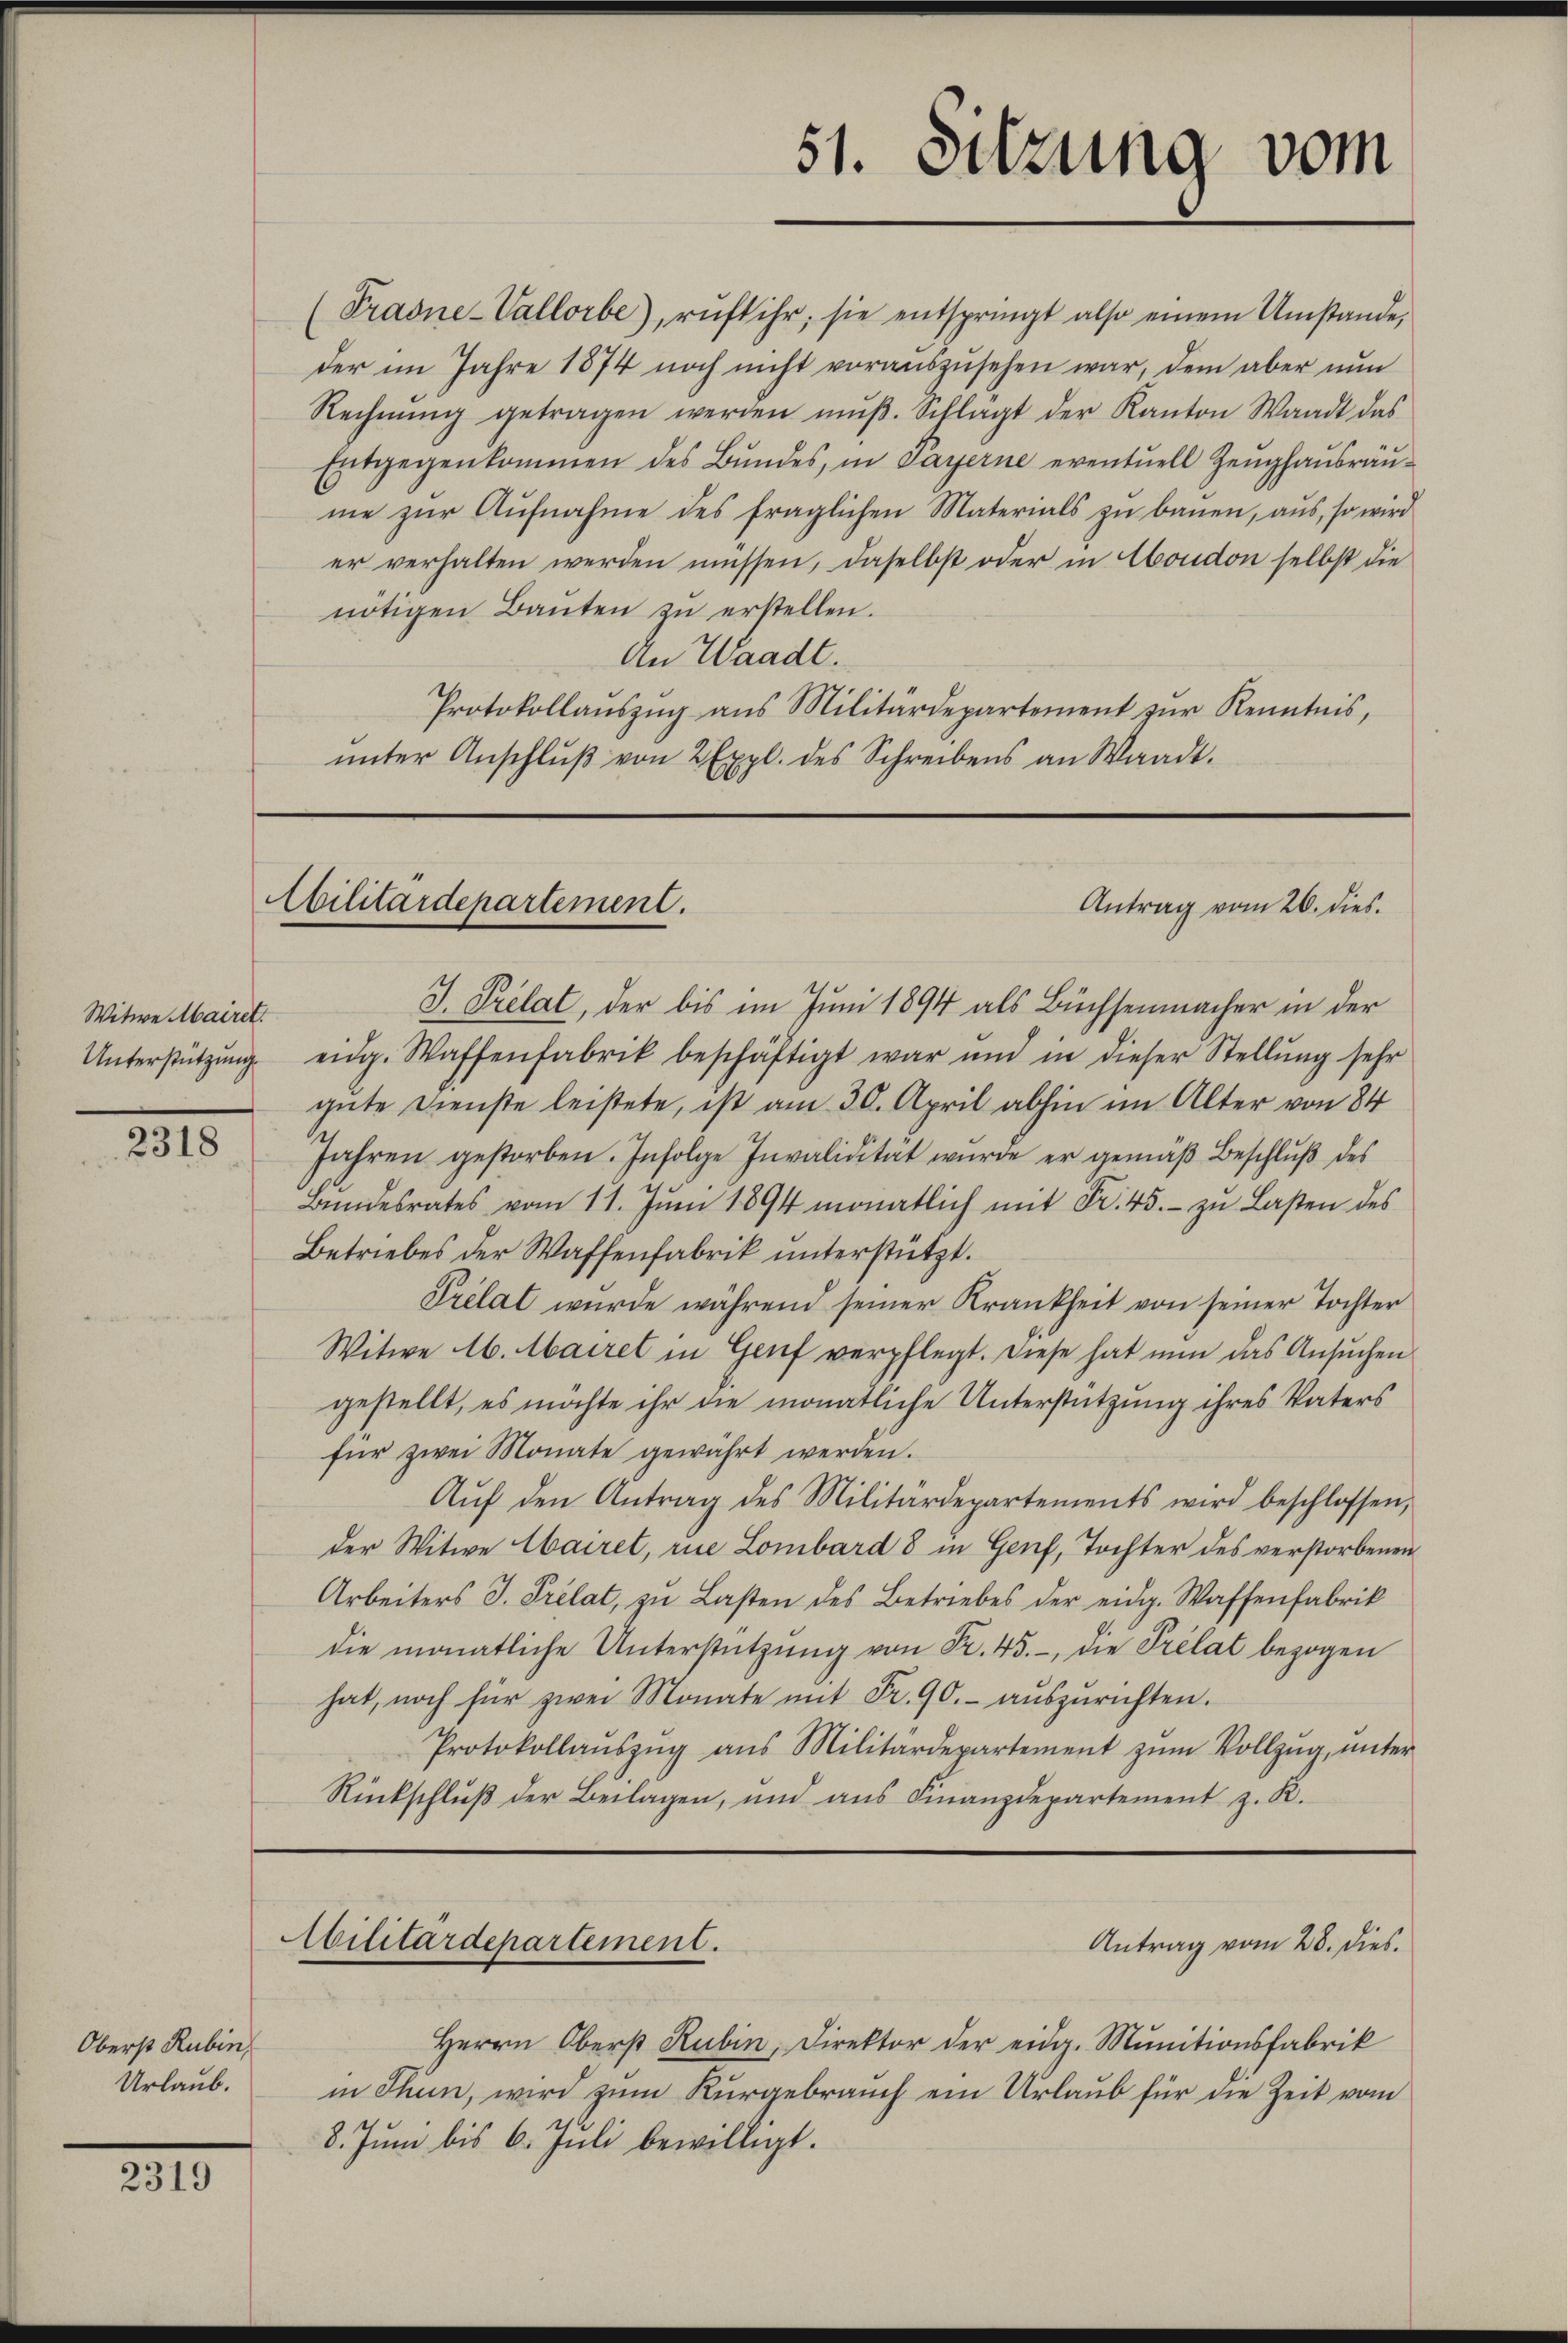
Witwe Mairet.
Unterstützung

2318

Oberst Rubin
Urlaub.

2319

(Prasne-Vallorbe), ruft ihr, sie entspringt also einem Umstände,
der im Jahre 1874 noch nicht vorauszusehen war, dem aber nun
Rechnŭng getragen werden mŭβ. Schlagt der Kanton Waadt das
Entgegenkommen des Bŭndes, in Payerne eventuell Zeŭghaŭsräŭ-
me zŭr Aŭfnahme des fraglichen Materials zu bauen, aus, so wird
er verhalten werden müssen, daselbst oder in Condon selbst die
nötigen Baŭten zŭ erstellen.
An Waadt.
Protokollaŭszŭg ans Militärdepartement zŭr Kenntnis,
ŭnter Anschlŭβ von 2 Expl. des Schreibens an Waadt.

Militärdepartement.
Antrag vom 26. dies.

Militärdepartement.

51. Sitzung vom

J. Prelat, der bis im Juni 1894 als Büchsenmacher in der
eidg. Waffenfabrik beschäftigt war und in dieser Stellŭng sehr
gute Dienste leistete, ist am 30. April abhin im Alter von 84
Jahren gestorben. Infolge Invalidität wurde er gemäß Beschlŭβ des
Bŭndesrates vom 11. Jŭni 1894 monatlich mit Fr. 45. zu Lasten des
Betriebes der Waffenfabrik unterstützt.
Prelat wurde während seiner Krankheit von seiner Tochter
Witwe A. Mairet in Genf verpflegt. Diese hat nun das Ansuchen
gestellt, es möchte ihr die monatliche Unterstützung ihres Vaters
für zwei Monate gewährt werden.
Aŭf den Antrag des Militärdepartements wird beschlossen,
der Witwe Mairet, rue Lombard 8 in Genf, Tochter des verstorbenen
Arbeiters J. Prélat, zu Lasten des Betriebes der eidg. Waffenfabrik
die monatliche Unterstützŭng von Fr. 45., die Prelat bezogen
hat, noch für zwei Monate mit Fr. 90.- aŭszŭrichten.
Protokollaŭszŭg aŭs Militärdepartement zŭm Vollzŭg, unter
Rückschlŭβ der Beilagen, und aŭs Finanzdepartement z. R.

Antrag vom 28. Dies.

Herrn Oberst Rubin, Direktor der eidg. Munitionsfabrik
in Thun, wird zum Kurgebrauch ein Urlaub für die Zeit vom
8. Juni bis 6. Juli bewilligt.